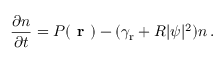
\frac { \partial { n } } { \partial { t } } = P ( \textbf { r } ) - ( \gamma _ { \mathrm { r } } + R | \psi | ^ { 2 } ) n \, .